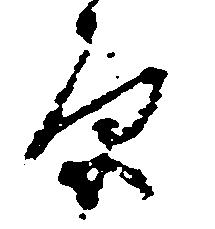
原